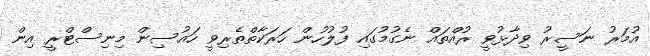
އުމަރު ނަސީރު ވިދާޅުވީ ރުއްތައް ނެގުމުގައި ފުލުހުން ހަރަކާތްތެރިވީ ހައުސިން މިނިސްޓްރީ އިން